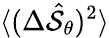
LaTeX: \langle(\Delta\hat{\cal S}_{\theta})^{2}\rangle